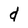
Character: d